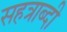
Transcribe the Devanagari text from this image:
सहत्राब्दी